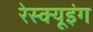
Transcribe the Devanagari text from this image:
रेस्‍क्‍यूइंग